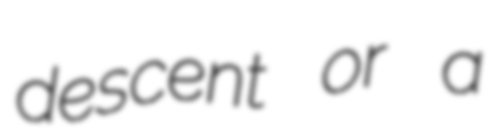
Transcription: descent or a